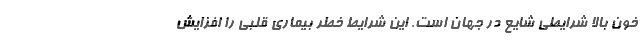
خون بالا شرایطی شایع در جهان است. این شرایط خطر بیماری قلبی را افزایش